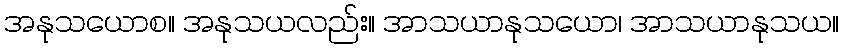
အနုသယောစ။ အနုသယလည်း။ အာသယာနုသယော၊ အာသယာနုသယ။